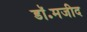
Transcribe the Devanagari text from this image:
डॉ॰मजीद